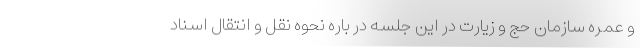
و عمره سازمان حج و زیارت در این جلسه در باره نحوه نقل و انتقال اسناد